Annual administration report of the Civil Veterinary Department of India - 1893-1894
Year: 1893
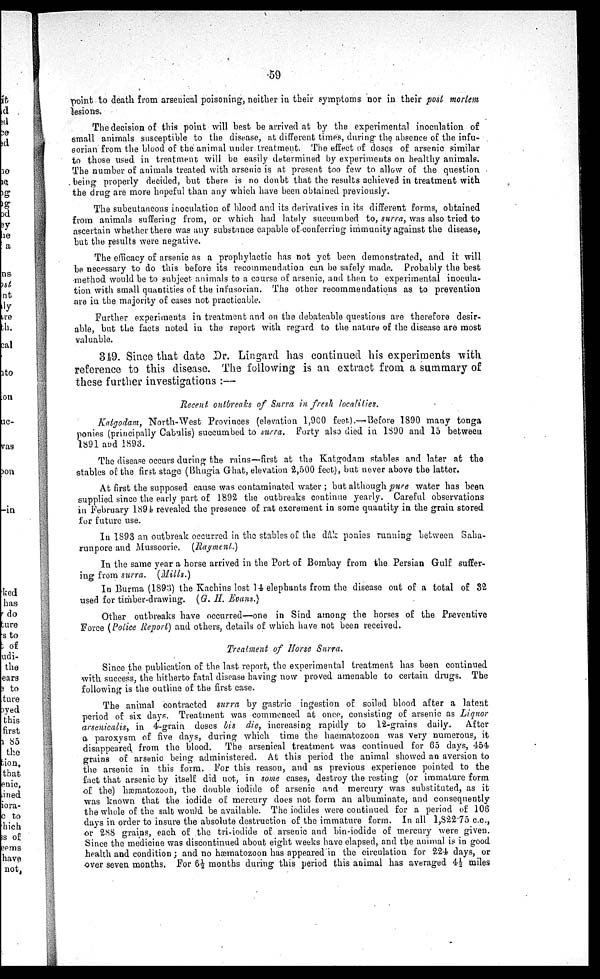
59
point to death from arsenical poisoning, neither in their symptoms nor in their post mortem
lesions.
The decision of this point will best be arrived at by the experimental inoculation of
small animals susceptible to the disease, at different times, during the absence of the infu-
sorian from the blood of the animal under treatment. The effect of doses of arsenic similar
to those used in treatment will be easily determined by experiments on healthy animals.
The number of animals treated with arsenic is at present too few to allow of the question
being properly decided, but there is no doubt that the results achieved in treatment with
the drug are more hopeful than any which have been obtained previously.
The subcutaneous inoculation of blood and its derivatives in its different forms, obtained
from animals suffering from, or which had lately succumbed to, surra, was also tried to
ascertain whether there was any substance capable of conferring immunity against the disease,
but the results were negative.
The efficacy of arsenic as a prophylactic has not yet been demonstrated, and it will
be necessary to do this before its recommendation can be safely made. Probably the best
method would be to subject animals to a course of arsenic, and then to experimental inocula-
tion with small quantities of the infusorian. The other recommendations as to prevention
are in the majority of cases not practicable.
Further experiments in treatment and on the debateable questions are therefore desir-
able, but the facts noted in the report with regard to the nature of the disease are most
valuable.
319. Since that date Dr. Lingard has continued his experiments with
reference to this disease. The following is an extract from a summary of
these further investigations:—
Recent outbreaks of Surra in fresh localities.
Katgodam, North-West Provinces (elevation 1,900 feet).—Before 1890 many tonga
ponies (principally Cabulis) succumbed to surra. Forty also died in 1890 and 15 between
1891 and 1893.
The disease occurs during the rains—first at the Katgodam stables and later at the
stables of the first stage (Bhugia Ghat, elevation 2,500 feet), but never above the latter.
At first the supposed cause was contaminated water; but although pure water has been
supplied since the early part of 1892 the outbreaks continue yearly. Careful observations
in February 1894 revealed the presence of rat excrement in some quantity in the grain stored
for future use.
In 1893 an outbreak occurred in the stables of the dâk ponies running between Saha-
runpore and Mussoorie. (Rayment.)
In the same year a horse arrived in the Port of Bombay from the Persian Gulf suffer-
ing from surra.
(Mills.)
In Burma (1893) the Kachins lost 14 elephants from the disease out of a total of 32
used for timber-drawing. (G. H. Evans.)
Other outbreaks have occurred—one in Sind among the horses of the Preventive
Force (Police Report) and others, details of which have not been received.
Treatment of Horse Surra.
Since the publication of the last report, the experimental treatment has been continued
with success, the hitherto fatal disease having now proved amenable to certain drugs. The
following is the outline of the first case.
The animal contracted surra by gastric ingestion of soiled blood after a latent
period of six days. Treatment was commenced at once, consisting of arsenic as Liquor
arsenicalis, in 4-grain doses bis die, increasing rapidly to 12-grains daily.
After
a paroxysm of five days, during which time the haematozoon was very numerous, it
disappeared from the blood. The arsenical treatment was continued for 65 days, 454
grains of arsenic being administered. At this period the animal showed an aversion to
the arsenic in this form. For this reason, and as previous experience pointed to the
fact that arsenic by itself did not, in some cases, destroy the resting (or immature form
of the) hæmatozoon, the double iodide of arsenic and mercury was substituted, as it
was known that the iodide of mercury does not form an albuminate, and consequently
the whole of the salt would be available. The iodides were continued for a period of 106
days in order to insure the absolute destruction of the immature form. In all 1,822.75 c.c.,
or 288 grains, each of the tri-iodide of arsenic and bin-iodide of mercury were given.
Since the medicine was discontinued about eight weeks have elapsed, and the animal is in good
health and condition; and no hæmatozoon has appeared in the circulation for 224 days, or
over seven months. For 6½ months during this period this animal has averaged 4½ miles